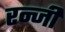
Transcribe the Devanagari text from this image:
रन्जी